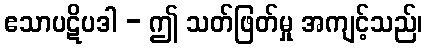
ဧသာပဋိပဒါ - ဤ သတ်ဖြတ်မှု အကျင့်သည်၊